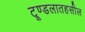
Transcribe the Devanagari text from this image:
टूण्डलातहसील